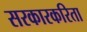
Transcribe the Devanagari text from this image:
सरकारकरिता